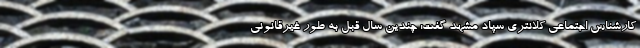
کارشناس اجتماعی کلانتری سپاد مشهد گفت: چندین سال قبل به طور غیرقانونی